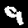
Label: 9